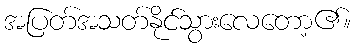
အပြတ်အသတ်နိုင်သွားလေတော့၏။